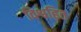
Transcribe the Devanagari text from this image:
विश्वहित